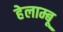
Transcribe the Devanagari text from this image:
हेलाम्बू